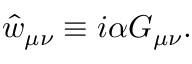
\hat { w } _ { \mu \nu } \equiv i \alpha G _ { \mu \nu } .